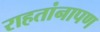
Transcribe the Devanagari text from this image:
राहतांनापण